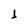
Character: I